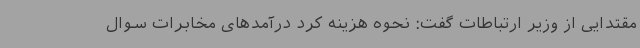
مقتدایی از وزیر ارتباطات گفت: نحوه هزینه کرد درآمدهای مخابرات سوال